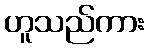
ဟူသည်ကား